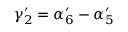
\gamma _ { 2 } ^ { \prime } = \alpha _ { 6 } ^ { \prime } - \alpha _ { 5 } ^ { \prime }